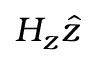
H _ { z } \hat { z }